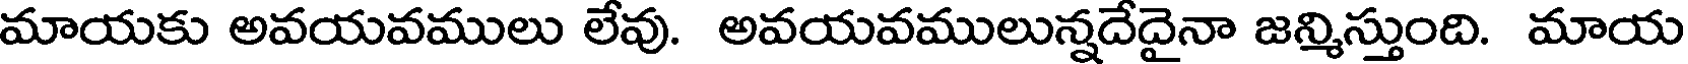
మాయకు అవయవములు లేవు. అవయవములున్నదేదైనా జన్మిస్తుంది. మాయ